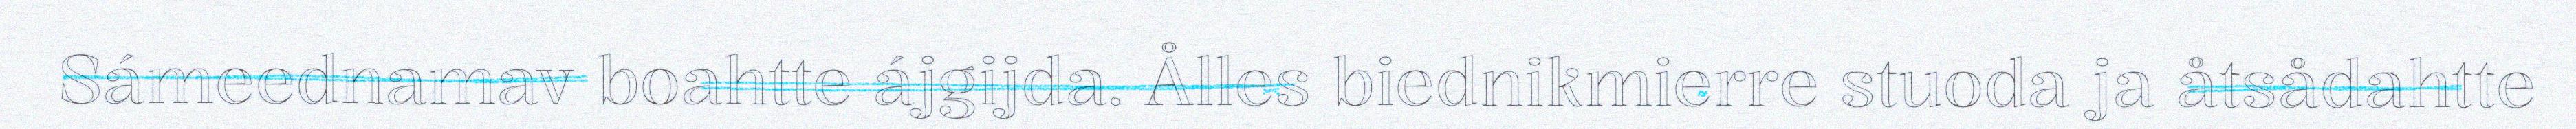
Sámeednamav boahtte ájgijda. Ålles biednikmierre stuoda ja åtsådahtte